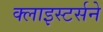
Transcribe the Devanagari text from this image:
क्लाइस्टर्सने